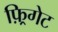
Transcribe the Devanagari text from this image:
फ़्रिगेट